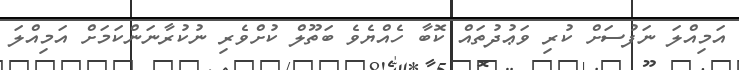
އަމިއްލަ ނަފުސަށް ކުރި ވަޢުދުތައް ކޮބާ ހެއްޔެވެ ބަތޫލް ކުށްވެރި ނުކުރާނަންކަމަށް އަމިއްލަ